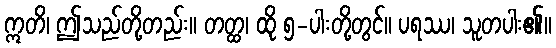
ဣတိ၊ ဤသည်တို့တည်း။ တတ္ထ၊ ထို ၅-ပါးတို့တွင်။ ပရဿ၊ သူတပါး၏။